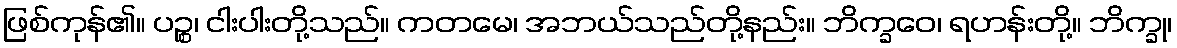
ဖြစ်ကုန်၏။ ပဉ္စ၊ ငါးပါးတို့သည်။ ကတမေ၊ အဘယ်သည်တို့နည်း။ ဘိက္ခဝေ၊ ရဟန်းတို့။ ဘိက္ခု၊